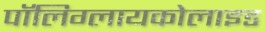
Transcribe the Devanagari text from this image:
पॉलिग्लायकोलाइड